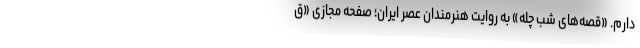
دارم. «قصه‌های شب چله» به روایت هنرمندان عصر ایران؛ صفحه مجازی «ق